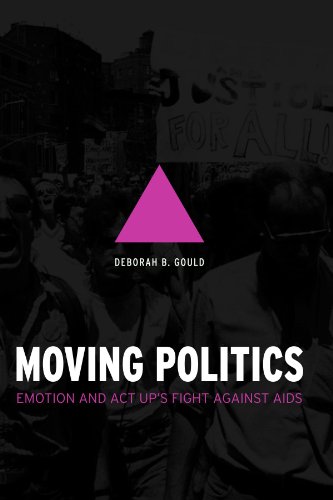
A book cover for Moving Politics: Emotion and ACT UP's Fight against AIDS; Deborah B. Gould; Gay & Lesbian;